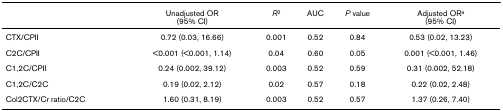
<table><thead><tr><td></td><td><b>Unadjusted OR (95% CI)</b></td><td><b><i>R</i><sup>2</sup></b></td><td><b>AUC</b></td><td><b><i>P </i>value</b></td><td><b>Adjusted OR<sup>a </sup>(95% CI)</b></td></tr></thead><tbody><tr><td>CTX/CPII</td><td>0.72 (0.03, 16.66)</td><td>0.001</td><td>0.52</td><td>0.84</td><td>0.53 (0.02, 13.23)</td></tr><tr><td>C2C/CPII</td><td>&lt;0.001 (&lt;0.001, 1.14)</td><td>0.04</td><td>0.60</td><td>0.05</td><td>0.001 (&lt;0.001, 1.46)</td></tr><tr><td>C1,2C/CPII</td><td>0.24 (0.002, 39.12)</td><td>0.003</td><td>0.52</td><td>0.59</td><td>0.31 (0.002, 52.18)</td></tr><tr><td>C1,2C/C2C</td><td>0.19 (0.02, 2.12)</td><td>0.02</td><td>0.57</td><td>0.18</td><td>0.22 (0.02, 2.48)</td></tr><tr><td>Col2CTX/Cr ratio/C2C</td><td>1.60 (0.31, 8.19)</td><td>0.003</td><td>0.52</td><td>0.57</td><td>1.37 (0.26, 7.40)</td></tr></tbody></table>